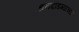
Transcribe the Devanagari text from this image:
धनदांडग्यांच्या